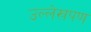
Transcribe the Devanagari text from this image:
उल्लेखपण